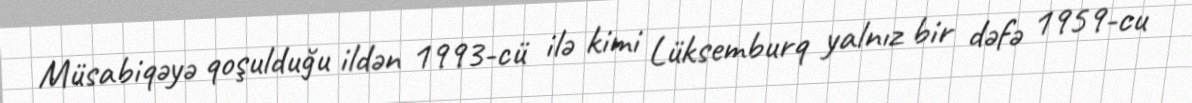
Müsabiqəyə qoşulduğu ildən 1993-cü ilə kimi Lüksemburq yalnız bir dəfə 1959-cu